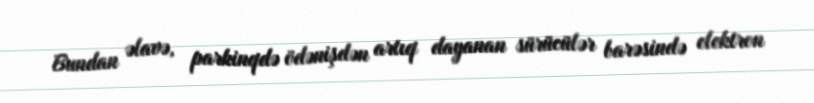
Bundan əlavə, parkinqdə ödənişdən artıq dayanan sürücülər barəsində elektron